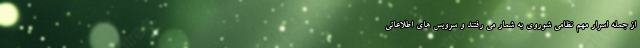
از جمله اسرار مهم نظامی شوروی به شمار می رفتند و سرویس های اطلاعاتی